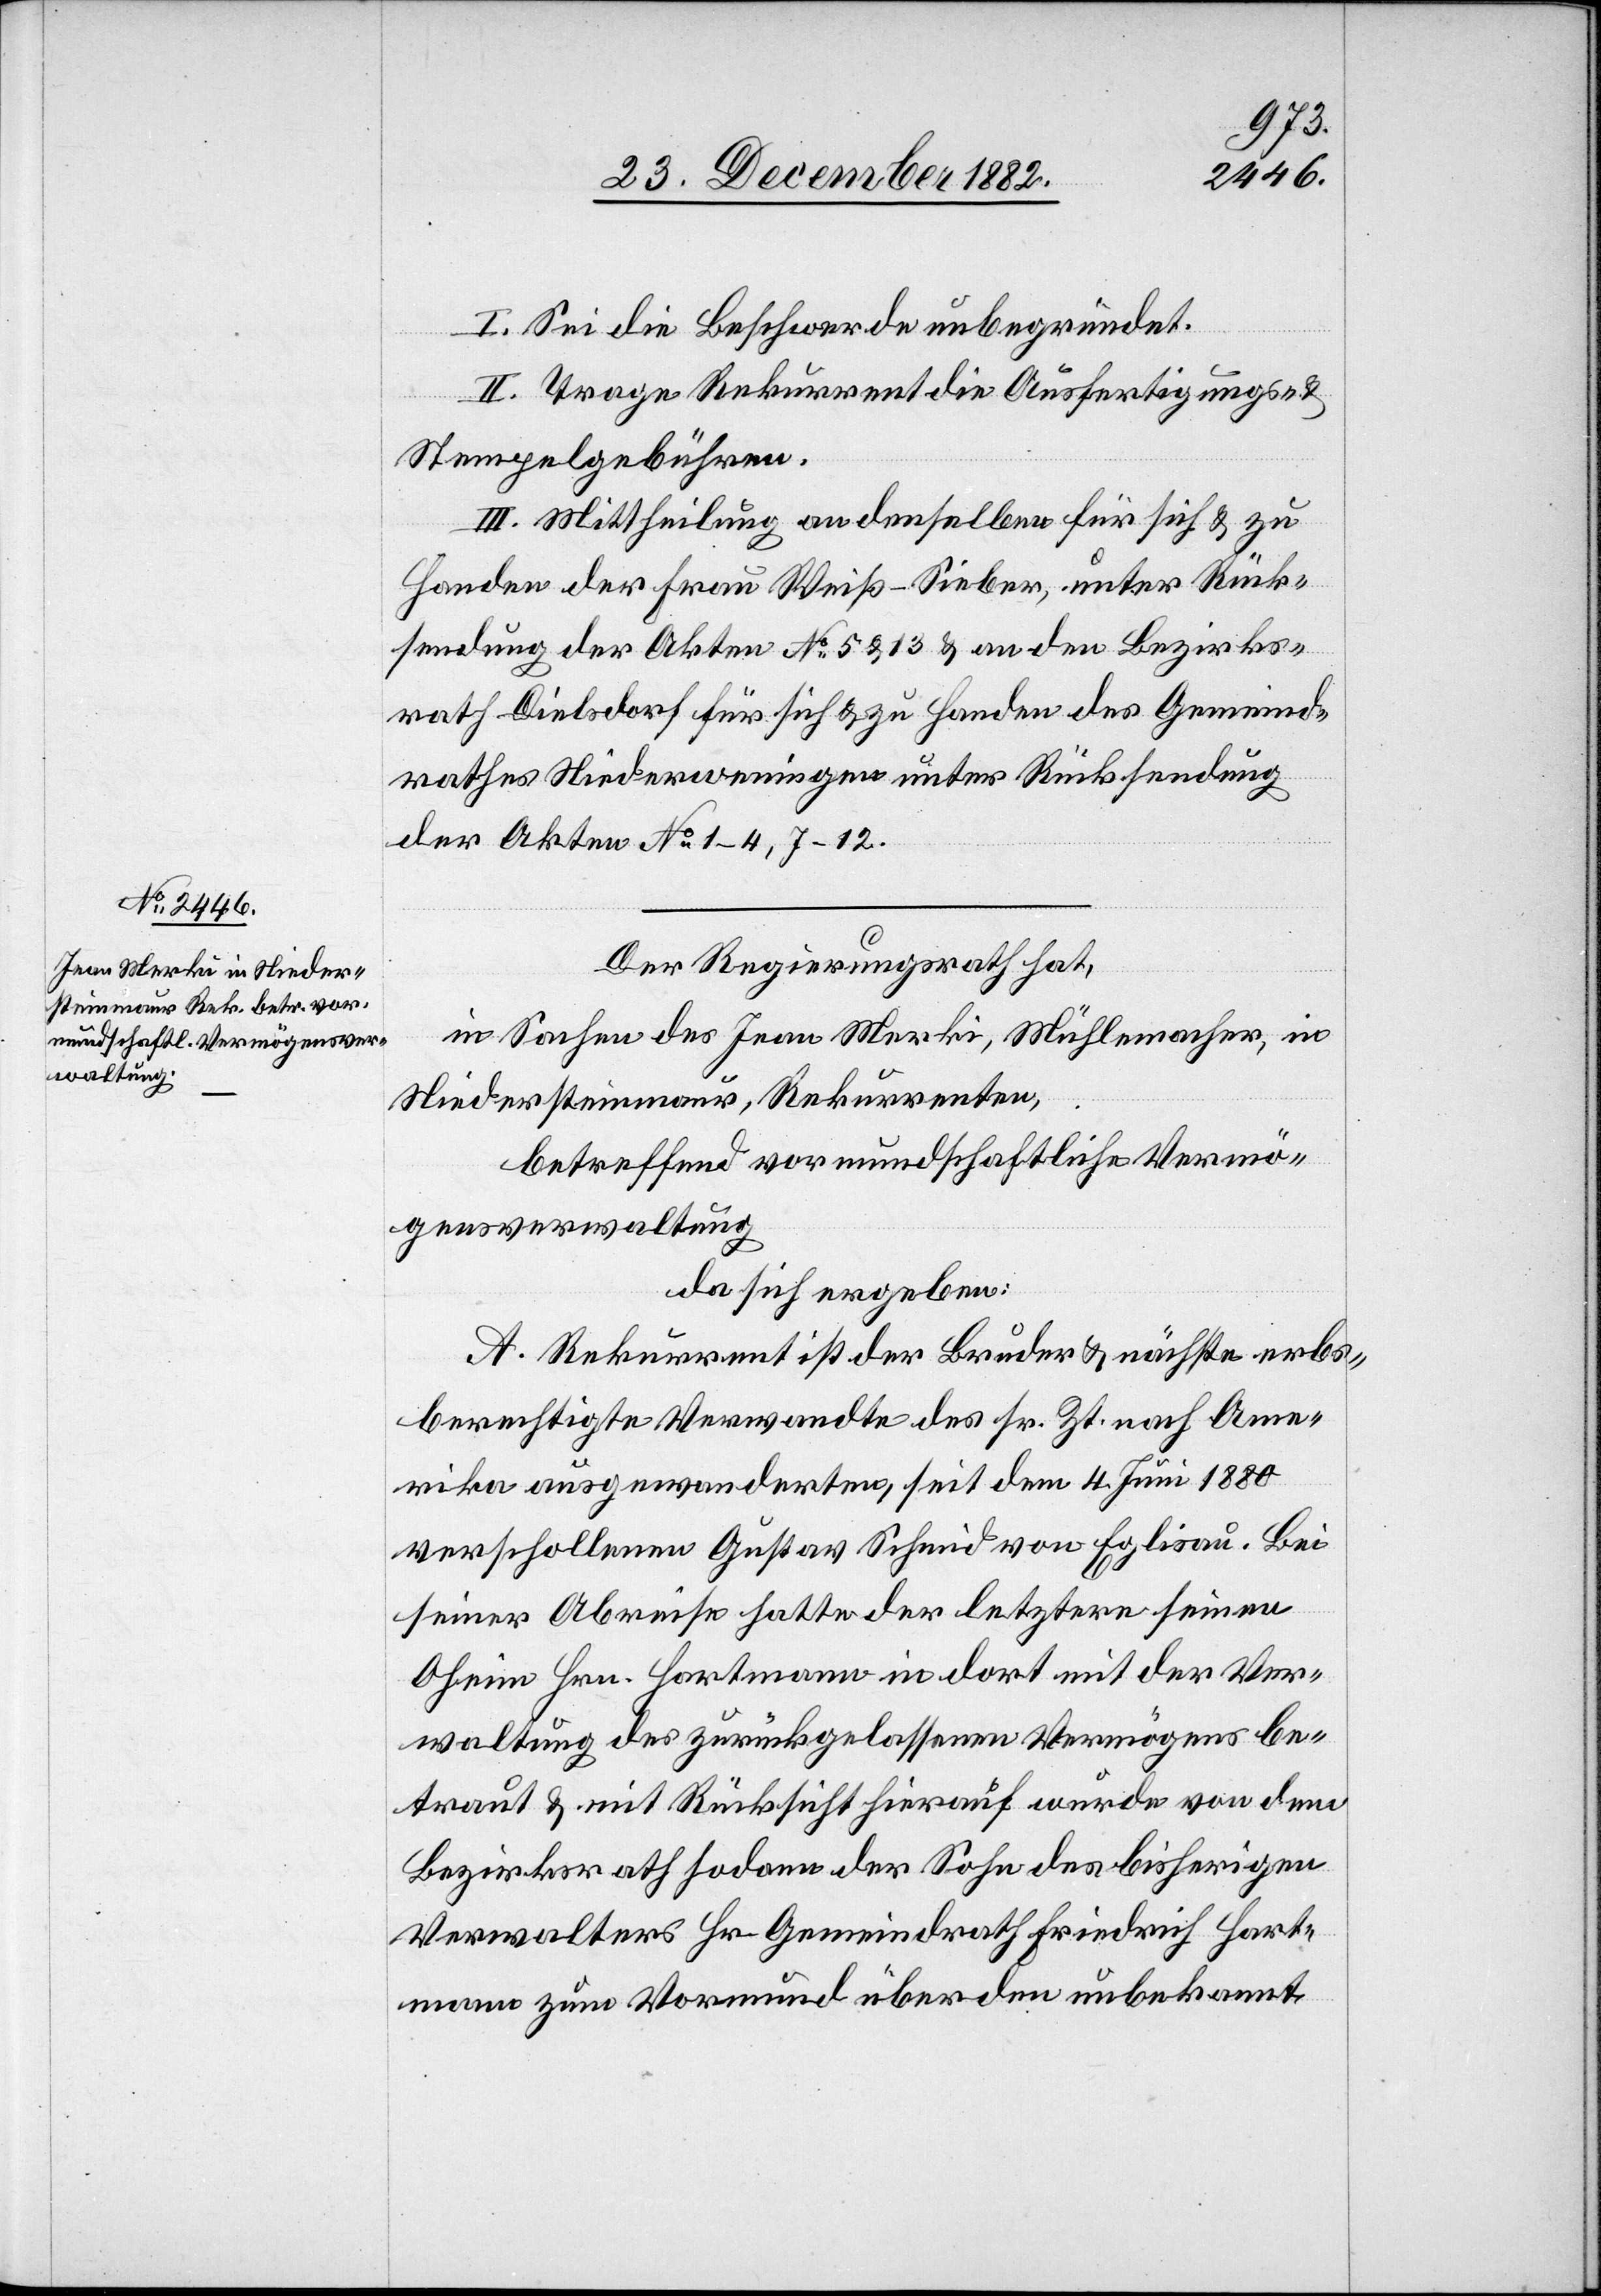
I. Sei die Beschwerde unbegründet.
II. Trage Rekurrent die Ausfertigungs- &
Stempelgebühren.
III. Mittheilung an denselben für sich & zu
Handen der Frau Weiß-Sieber, unter Rück¬
sendung der Akten No 5 & 13 & an den Bezirks¬
rath Dielsdorf für sich & zu Handen des Gemeind¬
rathes Niederweningen unter Rücksendung
der Akten No 1–4, 7–12.
Der Regierungsrath hat,
in Sachen des Jean Merki, Mühlemacher, in
Niedersteinmaur, Rekurrenten,
betreffend vormundschaftliche Vermö¬
gensverwaltung
da sich ergeben:
A. Rekurrent ist der Bruder & nächste erbs¬
berechtigte Verwandte des sr. Zt. nach Ame¬
rika ausgewanderten, seit dem 4. Juni 1880
verschollenen Gustav Schmid von Eglisau. Bei
seiner Abreise hatte der letztere seinen
Oheim Hrn. Hartmann in dort mit der Ver¬
waltung des zurückgelassenen Vermögens be¬
traut & mit Rücksicht hierauf wurde von dem
Bezirksrath sodann der Sohn des bisherigen
Verwalters Hr. Gemeindrath Friedrich Hart¬
mann zum Vormund über den unbekannt